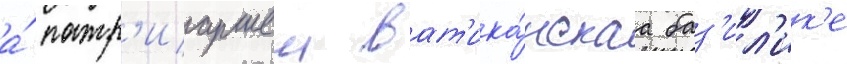
а́ патр'иаршеи ват'ика́нскаа баз'ил'ик'е